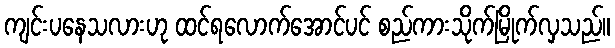
ကျင်းပနေသလားဟု ထင်ရလောက်အောင်ပင် စည်ကားသိုက်မြိုက်လှသည်။